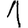
Digit: 1